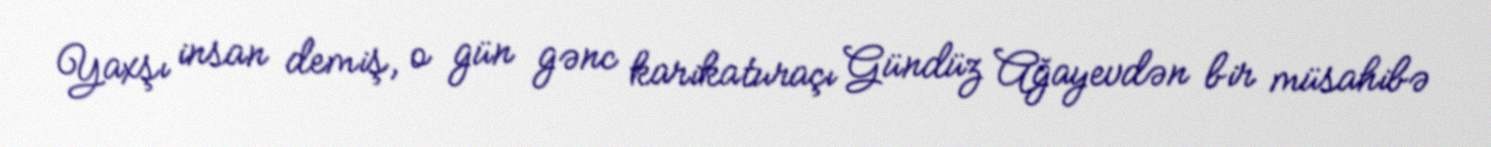
Yaxşı insan demiş, o gün gənc karikaturaçı Gündüz Ağayevdən bir müsahibə